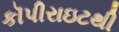
કૉપીરાઇટથી